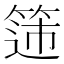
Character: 𬕟